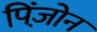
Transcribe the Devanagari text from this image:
पिंजो़न